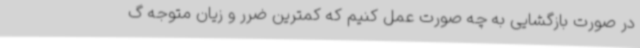
در صورت بازگشایی به چه صورت عمل کنیم که کمترین ضرر و زیان متوجه گ